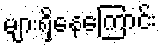
များရှိနေကြောင်း